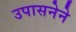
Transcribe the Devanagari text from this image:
उपासनेने